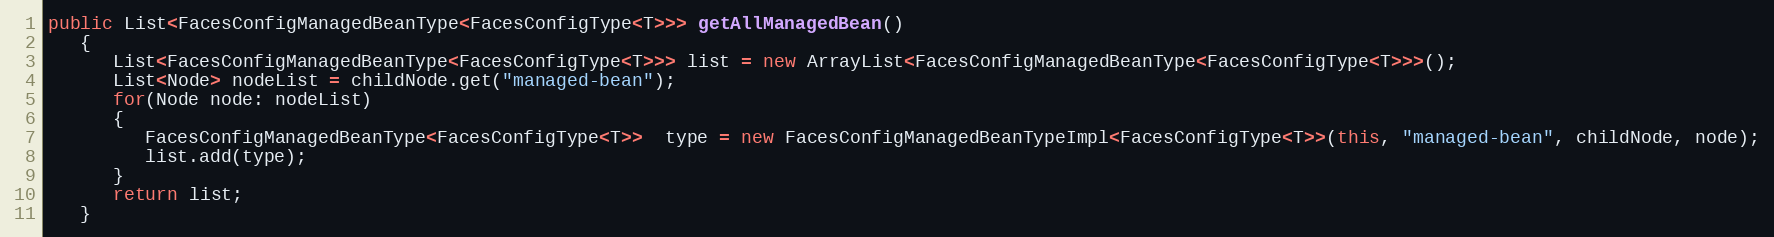
Language: Java
public List<FacesConfigManagedBeanType<FacesConfigType<T>>> getAllManagedBean()
   {
      List<FacesConfigManagedBeanType<FacesConfigType<T>>> list = new ArrayList<FacesConfigManagedBeanType<FacesConfigType<T>>>();
      List<Node> nodeList = childNode.get("managed-bean");
      for(Node node: nodeList)
      {
         FacesConfigManagedBeanType<FacesConfigType<T>>  type = new FacesConfigManagedBeanTypeImpl<FacesConfigType<T>>(this, "managed-bean", childNode, node);
         list.add(type);
      }
      return list;
   }